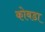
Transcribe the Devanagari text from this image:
कोबडा